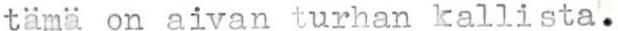
tämä on aivan turhan kallista.